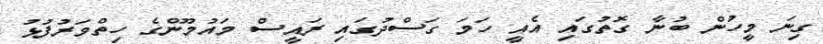
ގިނަ މީހުން ބުނާ ގޮތުގައި އެއީ ހަމަ ގަސްދުގައި ރައީސް މައުމޫންގެ ހިތްވަރުފުޅު